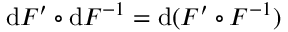
\mathrm { d } F ^ { \prime } \circ \mathrm { d } F ^ { - 1 } = \mathrm { d } ( F ^ { \prime } \circ F ^ { - 1 } )